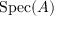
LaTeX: \operatorname { S p e c } ( A )